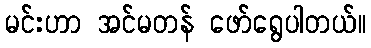
မင်းဟာ အင်မတန် ဖော်ရွေပါတယ်။